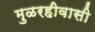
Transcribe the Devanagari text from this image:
मुळरहीवासी